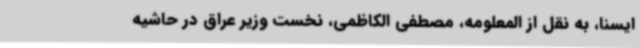
ایسنا، به نقل از المعلومه، مصطفی الکاظمی، نخست وزیر عراق در حاشیه